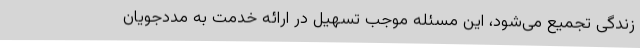
زندگی تجمیع می‌شود، این مسئله موجب تسهیل در ارائه خدمت به مددجویان